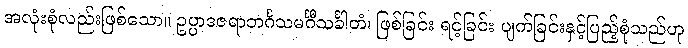
အလုံးစုံလည်းဖြစ်သော။ ဥပ္ပာဒဇရာဘင်္ဂသမင်္ဂီသင်္ခါတံ၊ ဖြစ်ခြင်း ရင့်ခြင်း ပျက်ခြင်းနှင့်ပြည့်စုံသည်ဟု